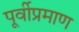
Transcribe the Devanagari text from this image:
पूर्वीप्रमाण